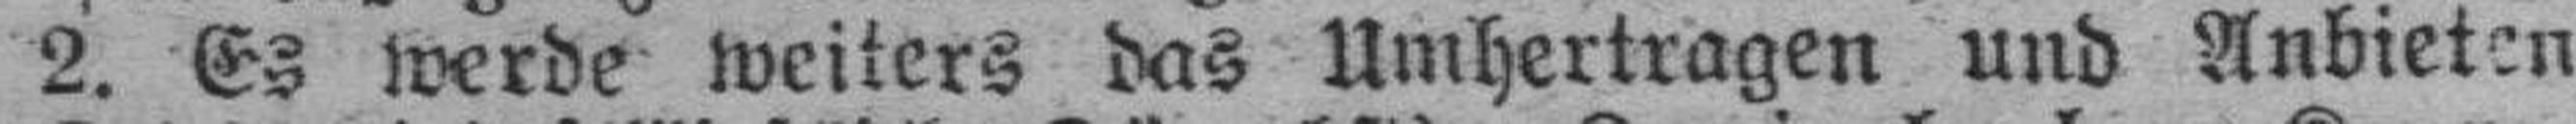
2. Es werde weiters das Umhertragen und Anbieten